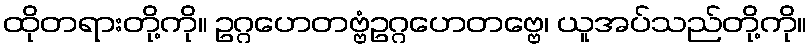
ထိုတရားတို့ကို။ ဥဂ္ဂဟေတဗ္ဗံဥဂ္ဂဟေတဗ္ဗေ၊ ယူအပ်သည်တို့ကို။